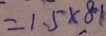
= 1 . 5 \times 8 1